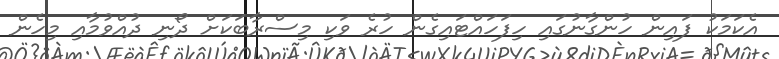
އެކަމަކު ފައިން ހުންގާނުގައި ހިފަހައްޓައިގެން ހުރެ ވަކި މިސްރާބަކަށް ދޯނި ދުއްވުމާއި މިހެން